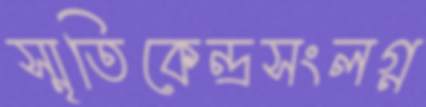
স্মৃতিকেন্দ্রসংলগ্ন